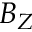
B _ { Z }